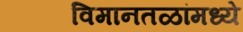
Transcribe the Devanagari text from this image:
विमानतळांमध्ये